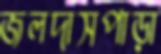
জলদাসপাড়া